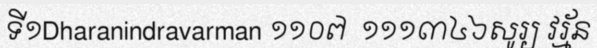
ទី១Dharanindravarman ១១០៧  ១១១៣៤៦សូរ្យ វរ្ម័ន